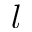
l